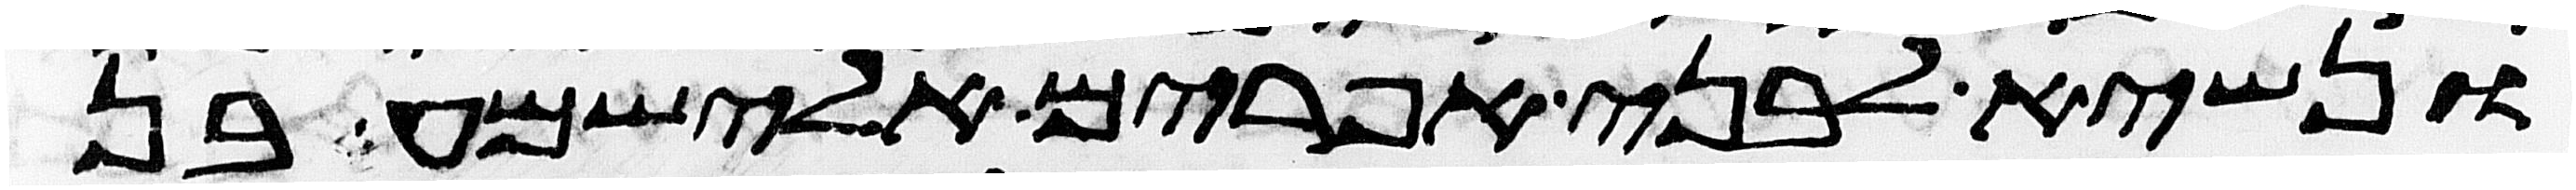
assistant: ונשיא לבני אפרים אלישמע בן